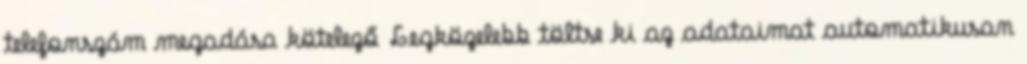
telefonszám megadása kötelező Legközelebb töltse ki az adataimat automatikusan